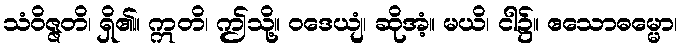
သံဝိဇ္ဇတိ၊ ရှိ၏။ ဣတိ၊ ဤသို့။ ဝဒေယျံ၊ ဆိုအံ့။ မယိ၊ ငါ၌။ ဧသောဓမ္မော၊